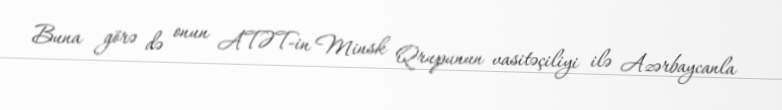
Buna görə də onun ATƏT-in Minsk Qrupunun vasitəçiliyi ilə Azərbaycanla